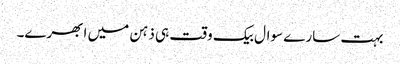
بہت سارے سوال بیک وقت ہی ذہن میں ابھرے۔